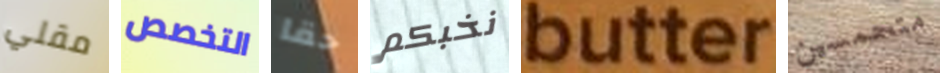
مقلي التخصص حقا نخبكم butter متحمسين